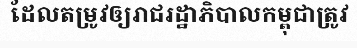
ដែលតម្រូវឲ្យរាជរដ្ឋាភិបាលកម្ពុជាត្រូវ